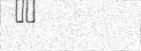
٤٩